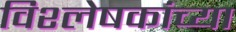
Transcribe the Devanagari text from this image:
विश्लेषकांच्या